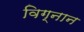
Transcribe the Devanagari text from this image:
विग्नान